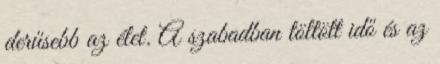
derűsebb az élet. A szabadban töltött idő és az